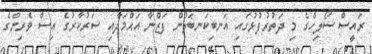
ރައީސް ސޯލިހްގެ މި ދަތުރުފުޅުގައި އަނބިކަނބަލުން ފަޒްނާ އަޙްމަދާއި ސަރުކާރުގެ އިސް ވެރިންގެ